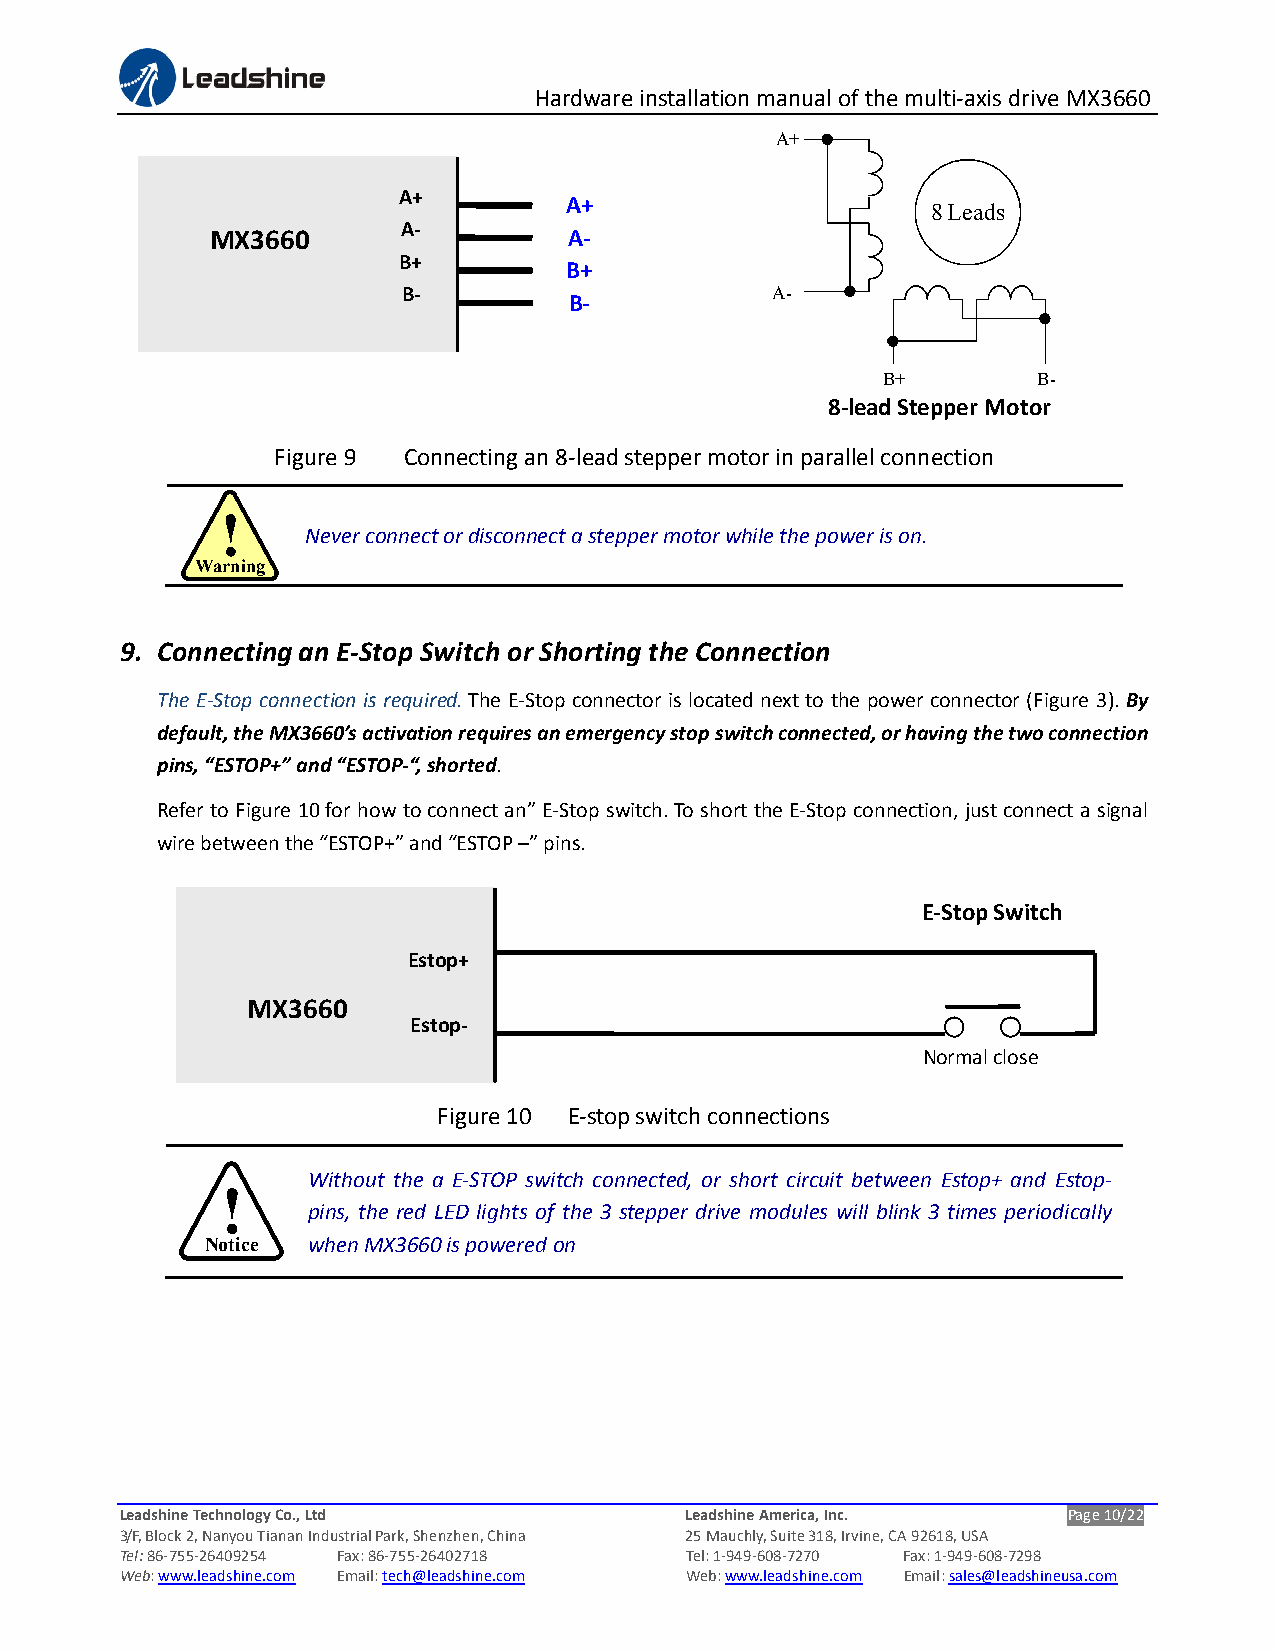
Hardware installation manual of the multi-axis drive MX3660
 A+
 A+
 A+
 8 Leads
 A-
 MX3660                  A-
 B+
 B+
 B-                      A-
 B-
 B+         B-
 8-lead Stepper Motor
 Figure 9 Connecting an 8-lead stepper motor in parallel connection
 !
 Never connect or disconnect a stepper motor while the power is on.
 Warning
 9. Connecting an E-Stop Switch or Shorting the Connection
 The E-Stop connection is required. The E-Stop connector is located next to the power connector (Figure 3). By
 default, the MX3660’s activation requires an emergency stop switch connected, or having the two connection
 pins, “ESTOP+” and “ESTOP-“, shorted.
 Refer to Figure 10 for how to connect an” E-Stop switch. To short the E-Stop connection, just connect a signal
 wire between the “ESTOP+” and “ESTOP –” pins.
 E-Stop Switch
 Estop+
 MX3660
 Estop-
 Normal close
 Figure 10 E-stop switch connections
 Without the a E-STOP switch connected, or short circuit between Estop+ and Estop-
 !
 pins, the red LED lights of the 3 stepper drive modules will blink 3 times periodically
 Notice when MX3660 is powered on
 Leadshine Technology Co., Ltd        Leadshine America, Inc.   Page 10/22
 3/F, Block 2, Nanyou Tianan Industrial Park, Shenzhen, China 25 Mauchly, Suite 318, Irvine, CA 92618, USA
 Tel: 86-755-26409254 Fax: 86-755-26402718 Tel: 1-949-608-7270 Fax: 1-949-608-7298
 Web: www.leadshine.com Email: tech@leadshine.com Web: www.leadshine.com Email: sales@leadshineusa.com